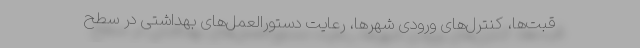
قبت‌ها، کنترل‌های ورودی شهرها، رعایت دستورالعمل‌های بهداشتی در سطح